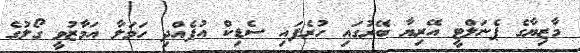
މާޒިޔާގެ ޕެނަލްޓީ އޭރިޔާ ބޭރުގައި ހުރެފައި ސެޑިކް އުފެއްދި ހަމަލާ އަމާޒުވީ ގޯލުގެ